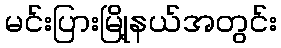
မင်းပြားမြို့နယ်အတွင်း